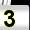
Digit: 3